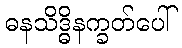
ဓနသိဒ္ဓိနက္ခတ်ပေါ်